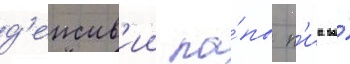
д'еиств'ии па́пы п'иа во́